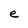
Character: e